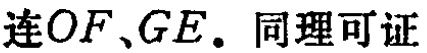
连\(OF\)、\(GE\)。同理可证